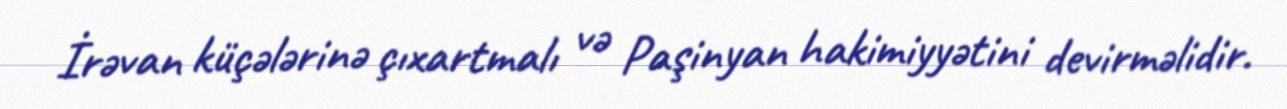
İrəvan küçələrinə çıxartmalı və Paşinyan hakimiyyətini devirməlidir.